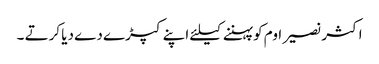
اکثر نصیر اوم کو پہننے کیلئے اپنے کپڑے دے دیا کرتے ۔